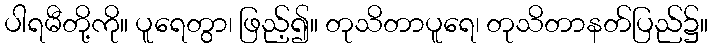
ပါရမီတို့ကို။ ပူရေတွာ၊ ဖြည့်၍။ တုသိတာပူရေ၊ တုသိတာနတ်ပြည်၌။